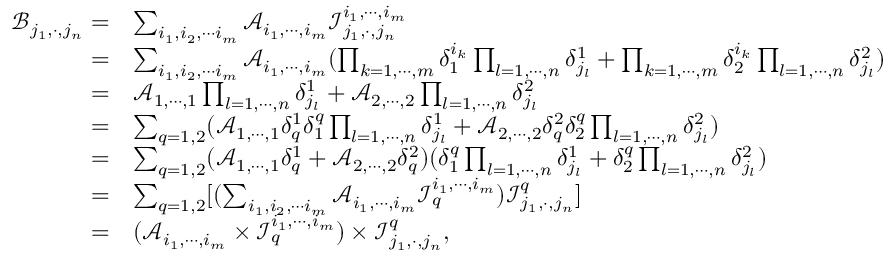
\begin{array} { r l } { \mathcal { B } _ { j _ { 1 } , \cdot , j _ { n } } = } & { \sum _ { i _ { 1 } , i _ { 2 } , \cdots i _ { m } } \mathcal A _ { i _ { 1 } , \cdots , i _ { m } } \mathcal { I } _ { j _ { 1 } , \cdot , j _ { n } } ^ { i _ { 1 } , \cdots , i _ { m } } } \\ { = } & { \sum _ { i _ { 1 } , i _ { 2 } , \cdots i _ { m } } \mathcal A _ { i _ { 1 } , \cdots , i _ { m } } ( \prod _ { k = 1 , \cdots , m } \delta _ { 1 } ^ { i _ { k } } \prod _ { l = 1 , \cdots , n } \delta _ { j _ { l } } ^ { 1 } + \prod _ { k = 1 , \cdots , m } \delta _ { 2 } ^ { i _ { k } } \prod _ { l = 1 , \cdots , n } \delta _ { j _ { l } } ^ { 2 } ) } \\ { = } & { \mathcal A _ { 1 , \cdots , 1 } \prod _ { l = 1 , \cdots , n } \delta _ { j _ { l } } ^ { 1 } + \mathcal A _ { 2 , \cdots , 2 } \prod _ { l = 1 , \cdots , n } \delta _ { j _ { l } } ^ { 2 } } \\ { = } & { \sum _ { q = 1 , 2 } ( \mathcal A _ { 1 , \cdots , 1 } \delta _ { q } ^ { 1 } \delta _ { 1 } ^ { q } \prod _ { l = 1 , \cdots , n } \delta _ { j _ { l } } ^ { 1 } + \mathcal A _ { 2 , \cdots , 2 } \delta _ { q } ^ { 2 } \delta _ { 2 } ^ { q } \prod _ { l = 1 , \cdots , n } \delta _ { j _ { l } } ^ { 2 } ) } \\ { = } & { \sum _ { q = 1 , 2 } ( \mathcal A _ { 1 , \cdots , 1 } \delta _ { q } ^ { 1 } + \mathcal A _ { 2 , \cdots , 2 } \delta _ { q } ^ { 2 } ) ( \delta _ { 1 } ^ { q } \prod _ { l = 1 , \cdots , n } \delta _ { j _ { l } } ^ { 1 } + \delta _ { 2 } ^ { q } \prod _ { l = 1 , \cdots , n } \delta _ { j _ { l } } ^ { 2 } ) } \\ { = } & { \sum _ { q = 1 , 2 } [ ( \sum _ { i _ { 1 } , i _ { 2 } , \cdots i _ { m } } \mathcal A _ { i _ { 1 } , \cdots , i _ { m } } \mathcal { I } _ { q } ^ { i _ { 1 } , \cdots , i _ { m } } ) \mathcal { I } _ { j _ { 1 } , \cdot , j _ { n } } ^ { q } ] } \\ { = } & { ( \mathcal A _ { i _ { 1 } , \cdots , i _ { m } } \times \mathcal { I } _ { q } ^ { i _ { 1 } , \cdots , i _ { m } } ) \times \mathcal { I } _ { j _ { 1 } , \cdot , j _ { n } } ^ { q } , } \end{array}